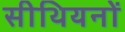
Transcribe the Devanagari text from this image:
सीथियनों